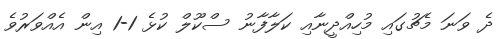
ދެ ވަނަ މެޗުގައި މުހިއްދީނާއި ކަލާފާނު ސްކޫލް ކުޅެ 1-1 އިން އެއްވަރުވެ